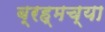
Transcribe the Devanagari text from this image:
ब्रह्मच्या